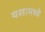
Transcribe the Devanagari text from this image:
यशामध्ये